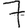
Digit: 7